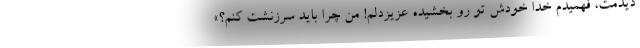
دیدمت، فهمیدم خدا خودش تو رو بخشیده عزیزدلم! من چرا باید سرزنشت کنم؟»